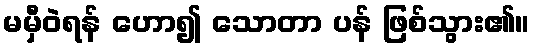
မမှီဝဲရန် ဟော၍ သောတာ ပန် ဖြစ်သွား၏။